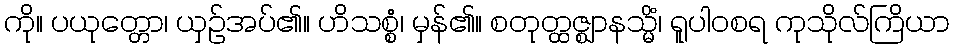
ကို။ ပယုတ္တော၊ ယှဉ်အပ်၏။ ဟိသစ္စံ၊ မှန်၏။ စတုတ္ထဇ္ဈာနသ္မိံ၊ ရူပါဝစရ ကုသိုလ်ကြိယာ